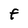
Character: f